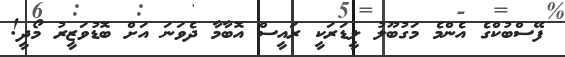
ފޭސްބުކްގެ އެންމެ މަގުބޫލު ލީޑަރަކީ ރައީސް އޮބާމާ ދެވަނަ އަށް ބޮޑުވަޒީރު މޯދީ!